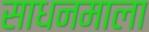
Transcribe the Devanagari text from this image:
साधनमाला